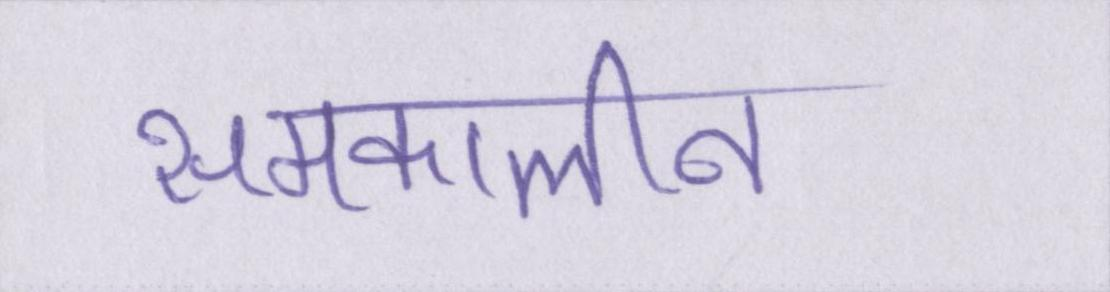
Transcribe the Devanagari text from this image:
समकालीन